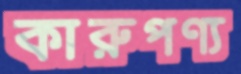
কারুপণ্য